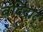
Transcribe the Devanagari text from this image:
बंदिदाद्